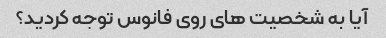
آیا به شخصیت های روی فانوس توجه کردید؟